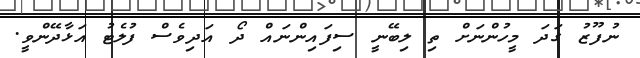
ނުފޫޒު ގަދަ މީހުންނަށް ތި ލިބޭނީ ސިފައިންނައް ދޯ އަދިވެސް ފުލެޓު އަޅާދޭންވީ.